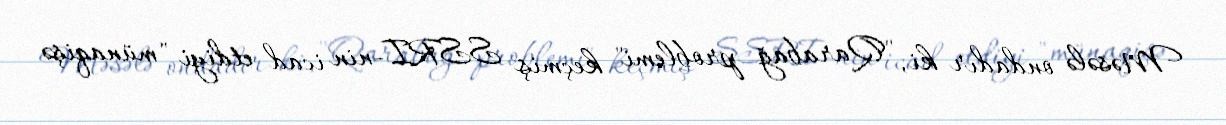
Məsələ ondadır ki, "Qarabağ problemi" keçmiş SSRI-nin icad etdiyi "münaqişə